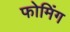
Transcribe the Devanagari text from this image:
फोमिंग